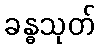
ခန္ဓသုတ်